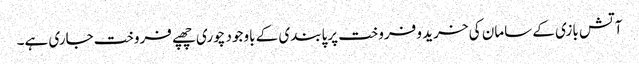
آتش بازی کے سامان کی خرید و فروخت پرپابندی کے باوجود چوری چھپے فروخت جاری ہے۔